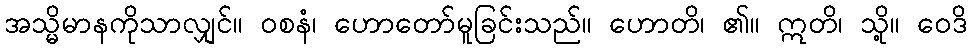
အသ္မိမာနကိုသာလျှင်။ ဝစနံ၊ ဟောတော်မူခြင်းသည်။ ဟောတိ၊ ၏။ ဣတိ၊ သို့။ ဝေဒိ